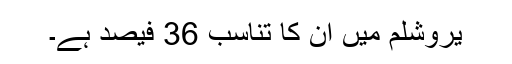
یروشلم میں ان کا تناسب 36 فیصد ہے۔